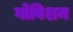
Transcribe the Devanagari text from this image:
गोविशन